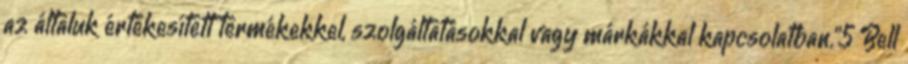
az általuk értékesített termékekkel, szolgáltatásokkal vagy márkákkal kapcsolatban."5 Bell